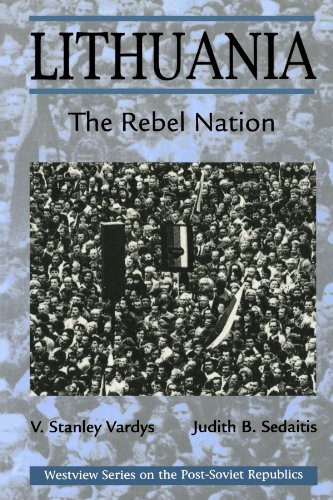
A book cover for Lithuania: The Rebel Nation (Westview Series on the Post-Soviet Republics); V. Stanley Vardys; Travel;